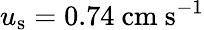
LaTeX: u_{\mathrm{s}}=0.74~\textrm{cm}~\textrm{s}^{-1}